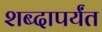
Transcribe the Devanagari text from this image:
शब्दापर्यंत